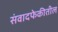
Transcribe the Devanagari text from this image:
संवादफेकीतील